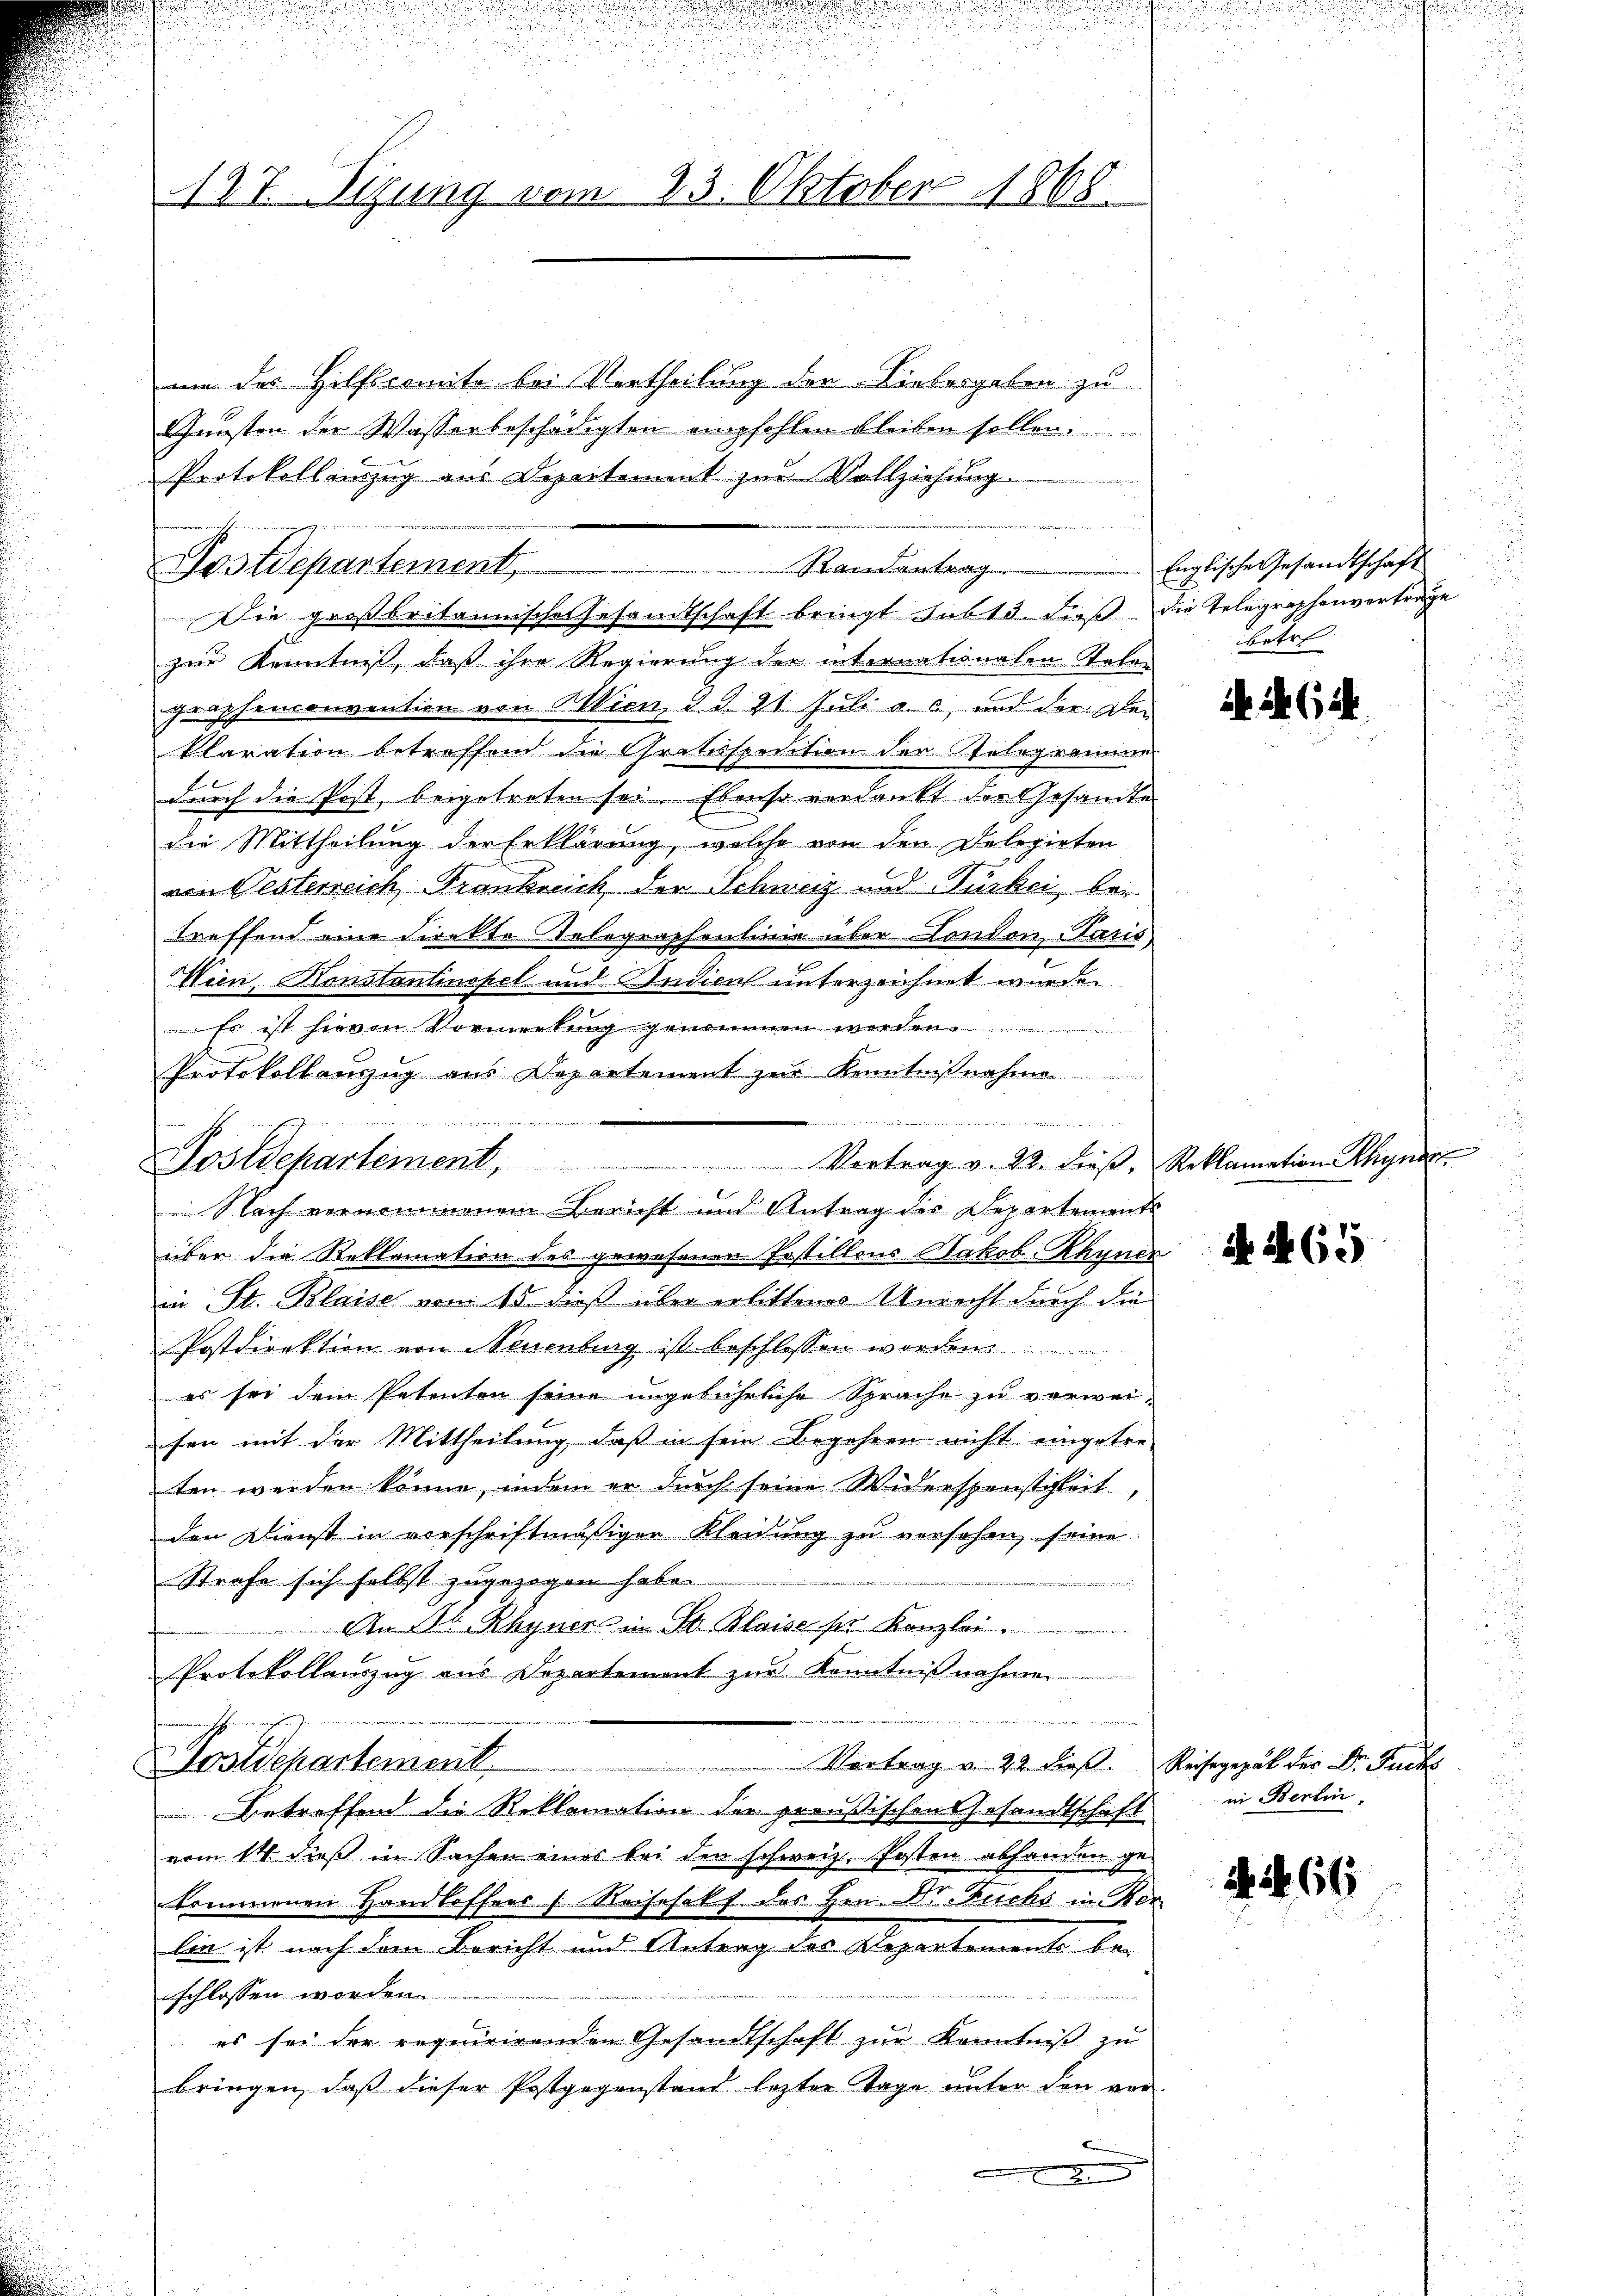
177. Sizung vom 23. Oktober 1868.

um des Hilfscomite bei Vertheilung der Liebergaben zu
Gunsten der Wasserbeschädigten empfehlen bleiben sollen.
Protokollauszug aus Departement zur Vollziehung
.
Die großbritannische Gesamtschaft bringt sub 13. dieß die Telegraphenvertrage
zur Kenntniß, daß ihre Regierung der internationalen Telegraphenconvention von Wien, d. d. 21. Juli a. c, und der De-
klaration betreffend die Gratisspedition der Selogramme
durch die Post, beigetreten sei. Ebenso verdankt der Gesandte
die Mittheilung der Erklärung, welche von den Delegirten
von Oesterreich Frankreich der Schweiz und Turbei, bei
treffend eine Direkte Telegraphenlinie über London Paris
Wein, Konstantinopel und Indiens unterzeichnet wurde.
Es ist hievon Vormerkung genommen worden.
e
Protokollauszug aus Departement zur Kenntnißnahme
über die Reklamation des gewesenen Erstillons Jakob Rhyner
in St. Blaise vom 15. dieß über erlittenes Unrecht durch die
Postdirektion von Neuenburg ist beschlossen worden.
es sei dem Petenten seine ungebührliche Sprache zu verweisen mit der Mittheilung, daß in sein Begehren nicht eingetre-
ten werden könne, indem er durch seine Widerspenstigkeit,
den Dienst in vorschriftmäßigen Kleidung zu versehen, seine
Strafe sich selbst zugezogen haben.
An Ob. Rhyner in St. Blaise ser Kanzlei.
Protokollauszug aus Departement zur Kenntnißnahmen
 alte
Vortrag v. 22. Dies Reisegezak des Dr. Fuchs
Postdepartement
Betreffend die Reklamation der preußischen Gesandtschaft
vom 14. dieß in Sachen eines bei den schweiz. Posten abhanden gekommenen Handloffers (Reisesalf des Hrn. Dr. Buchs in Ber
lie ist nach dem Bericht und Antrag des Departement be-
schlossen worden.
es sei der requirirenden Gesandtschaft zur Kenntniß zu
bringen, daß dieser Postgegenstand lezter Tage unter den vor

Postdepartement

Stand antrag.

a an welche

E
Vortrag v. 22. dieβ, Reklamation Rhyner
Dostdepartement,
Nach vernommenem Bericht und Antrag des Departements

Englische Gesandtschaft
betet

2

A 65

in Berlin,

c S. 66